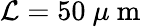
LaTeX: \mathcal{L}=50~\mu\mathrm{{~m~}}